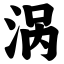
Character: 涡